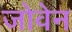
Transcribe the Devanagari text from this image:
जोवेन